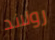
رولاند